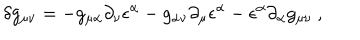
\delta g _ { \mu \nu } = - g _ { \mu \alpha } \partial _ { \nu } \epsilon ^ { \alpha } - g _ { \alpha \nu } \partial _ { \mu } \epsilon ^ { \alpha } - \epsilon ^ { \alpha } \partial _ { \alpha } g _ { \mu \nu } \ ,